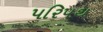
પરિપથ